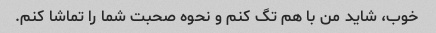
خوب، شاید من با هم تگ کنم و نحوه صحبت شما را تماشا کنم.